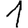
Digit: 1